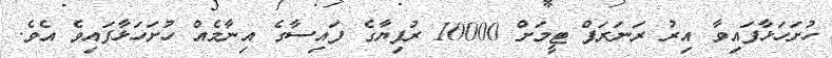
ހުށަހަޅާފައިވާ އިރު ރަނަރަޕް ޓީމަށް 10000 ރުފިޔާގެ ފައިސާގެ އިނާމެއް ހުށަހަޅާފައިވެ އެވެ.